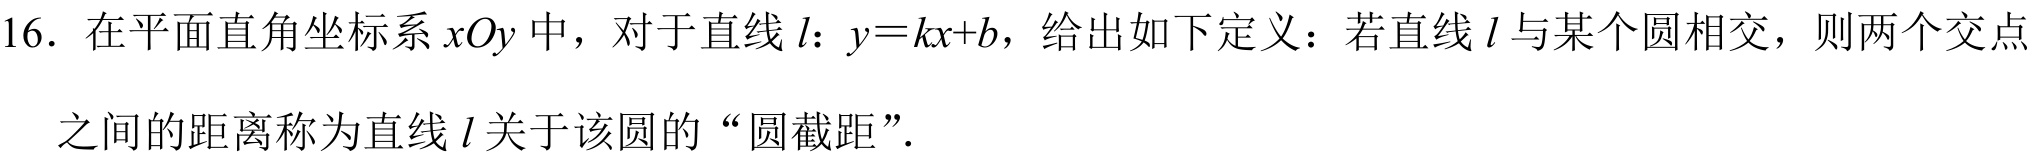
16. 在平面直角坐标系\(xOy\)中，对于直线\(l\)：\(y = kx + b\)，给出如下定义：若直线\(l\)与某个圆相交，则两个交点
之间的距离称为直线\(l\)关于该圆的“圆截距”.